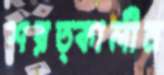
শরত্কালীন